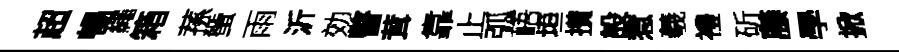
超暢繩箱蓀蜑雨沂効瞥茸靠止弧峿垣攅設惹羲禮斫藤學掀